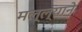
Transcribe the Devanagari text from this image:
मल्ल्याने